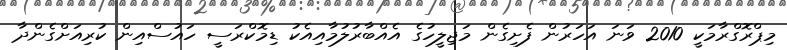
މިޕްރޮގްރާމަކީ 2010 ވަނަ އަހަރުން ފެށިގެން މަޖިލީހުގެ އެއްބާރުލުމާއިއެކު ޑިމޮކްރަސީ ހައުސްއިން ކުރިއަށްގެންދާ